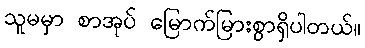
သူမမှာ စာအုပ် မြောက်မြားစွာရှိပါတယ်။